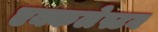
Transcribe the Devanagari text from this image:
एक्कलेस्टन